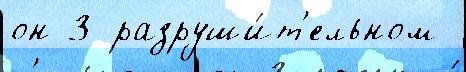
он 3 разруши́т'ельном